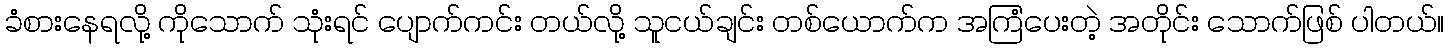
ခံစားနေရလို့ ကိုသောက် သုံးရင် ပျောက်ကင်း တယ်လို့ သူငယ်ချင်း တစ်ယောက်က အကြံပေးတဲ့ အတိုင်း သောက်ဖြစ် ပါတယ်။